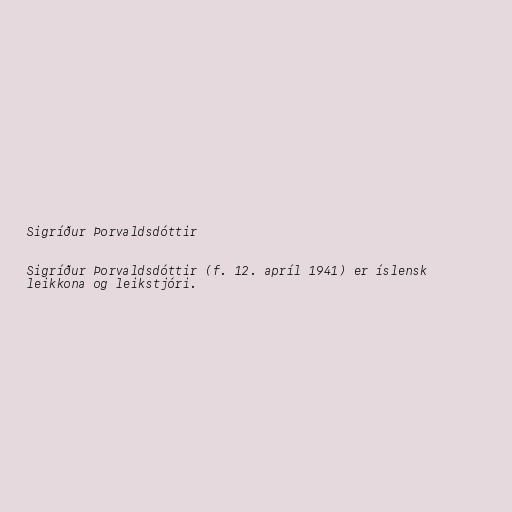
Sigríður Þorvaldsdóttir

Sigríður Þorvaldsdóttir (f. 12. apríl 1941) er íslensk
leikkona og leikstjóri.